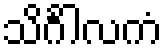
သိင်္ဂါလကံ